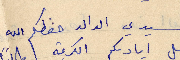
سيدي الوالد حفظكم الله